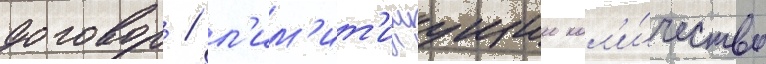
договор / л'им'ит'ируущии кол'и́чество